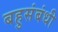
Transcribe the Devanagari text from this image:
बहुसंबंधी